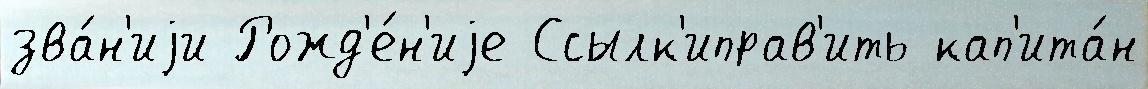
зва́н'иjи Рожд'е́н'иjе Ссылк'иправ'ить кап'ита́н